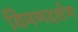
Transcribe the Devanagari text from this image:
विमणदर्शण